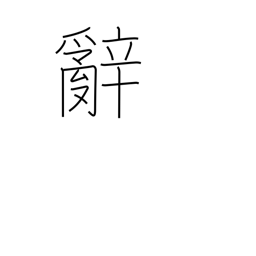
Meaning: words